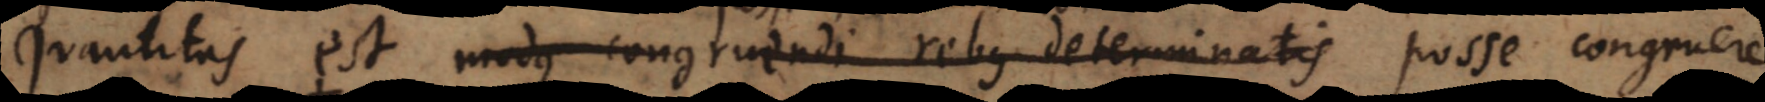
Quantitas est modus congruendi rebus determinatis posse secundum